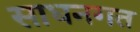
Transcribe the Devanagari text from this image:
साधनगत